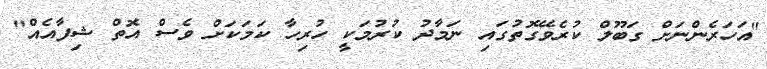
"އަހަރެންނަށް ގަބޫލް ކުރެވޭގޮތުގައި ނަމާދު ކުރުމަކީ ހުރިހާ ކަމަކަށް ވެސް އޮތް ޝިފާއެއް"